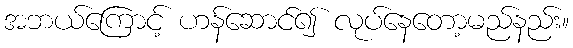
အဘယ်ကြောင့် ဟန်ဆောင်၍ လုပ်နေတော့မည်နည်း။